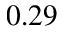
0 . 2 9